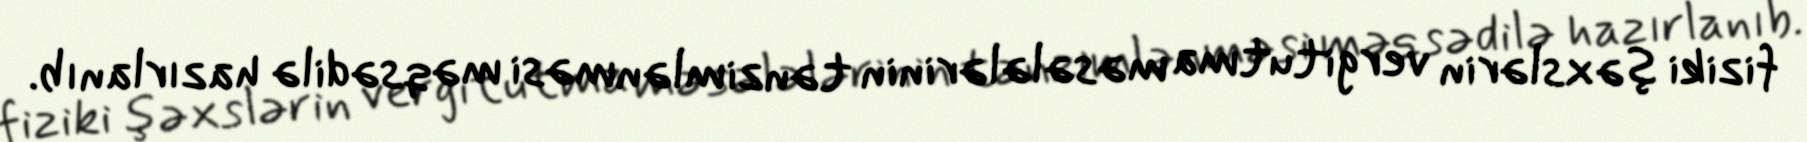
fiziki şəxslərin vergitutma məsələlərinin tənzimlənməsi məqsədilə hazırlanıb.